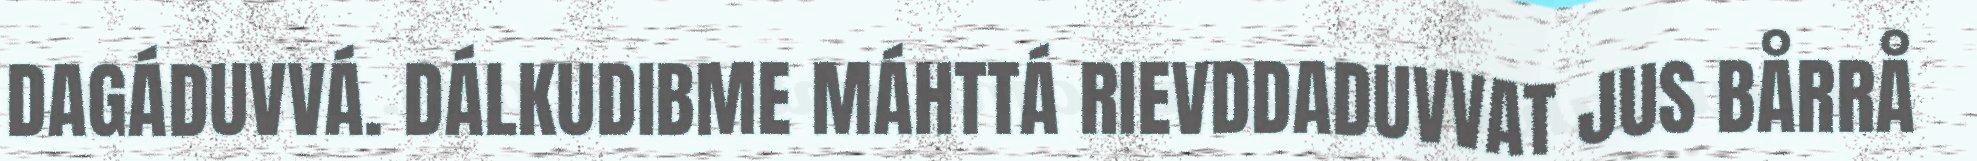
DAGÁDUVVÁ. DÁLKUDIBME MÁHTTÁ RIEVDDADUVVAT JUS BÅRRÅ